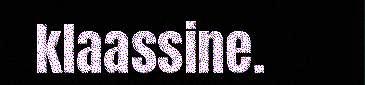
klaassine.